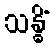
သန္ဓိံ